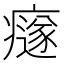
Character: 𤻄